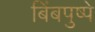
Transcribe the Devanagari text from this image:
बिंबपुष्पे